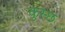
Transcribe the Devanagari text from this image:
कुस्छ